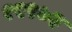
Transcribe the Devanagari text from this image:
१२९७३